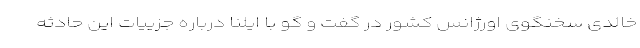
خالدی سخنگوی اورژانس کشور در گفت و گو با ایلنا درباره جزییات این حادثه